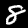
Digit: 8